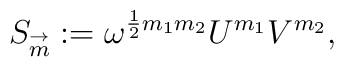
S_{\buildrel \rightarrow \over  m}:=\omega^{{1\over 2}m_1m_2}U^{m_1}V^{m_2},